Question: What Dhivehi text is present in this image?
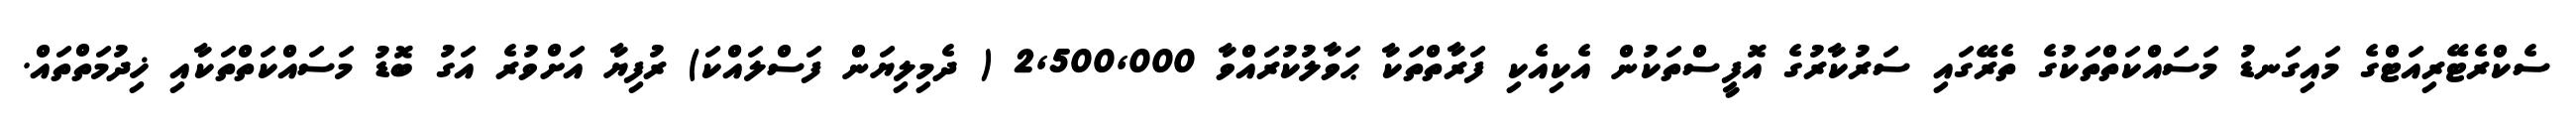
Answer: ސެކްރެޓޭރިއަޓްގެ މައިގަނޑު މަސައްކަތްތަކުގެ ތެރޭގައި ސަރުކާރުގެ އޮފީސްތަކުން އެކިއެކި ފަރާތްތަކާ ޙަވާލުކުރައްވާ 2,500,000 ( ދެމިލިޔަން ފަސްލައްކަ) ރުފިޔާ އަށްވުރެ އަގު ބޮޑު މަސައްކަތްތަކާއި ޚިދުމަތްތައް.